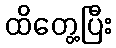
ထိတွေ့ပြီး